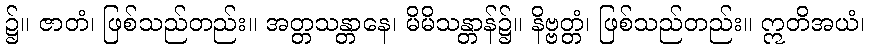
၌။ ဇာတံ၊ ဖြစ်သည်တည်း။ အတ္တသန္တာနေ၊ မိမိသန္တာန်၌။ နိဗ္ဗတ္တံ၊ ဖြစ်သည်တည်း။ ဣတိအယံ၊